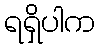
ရရှိပါက